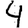
Digit: 4